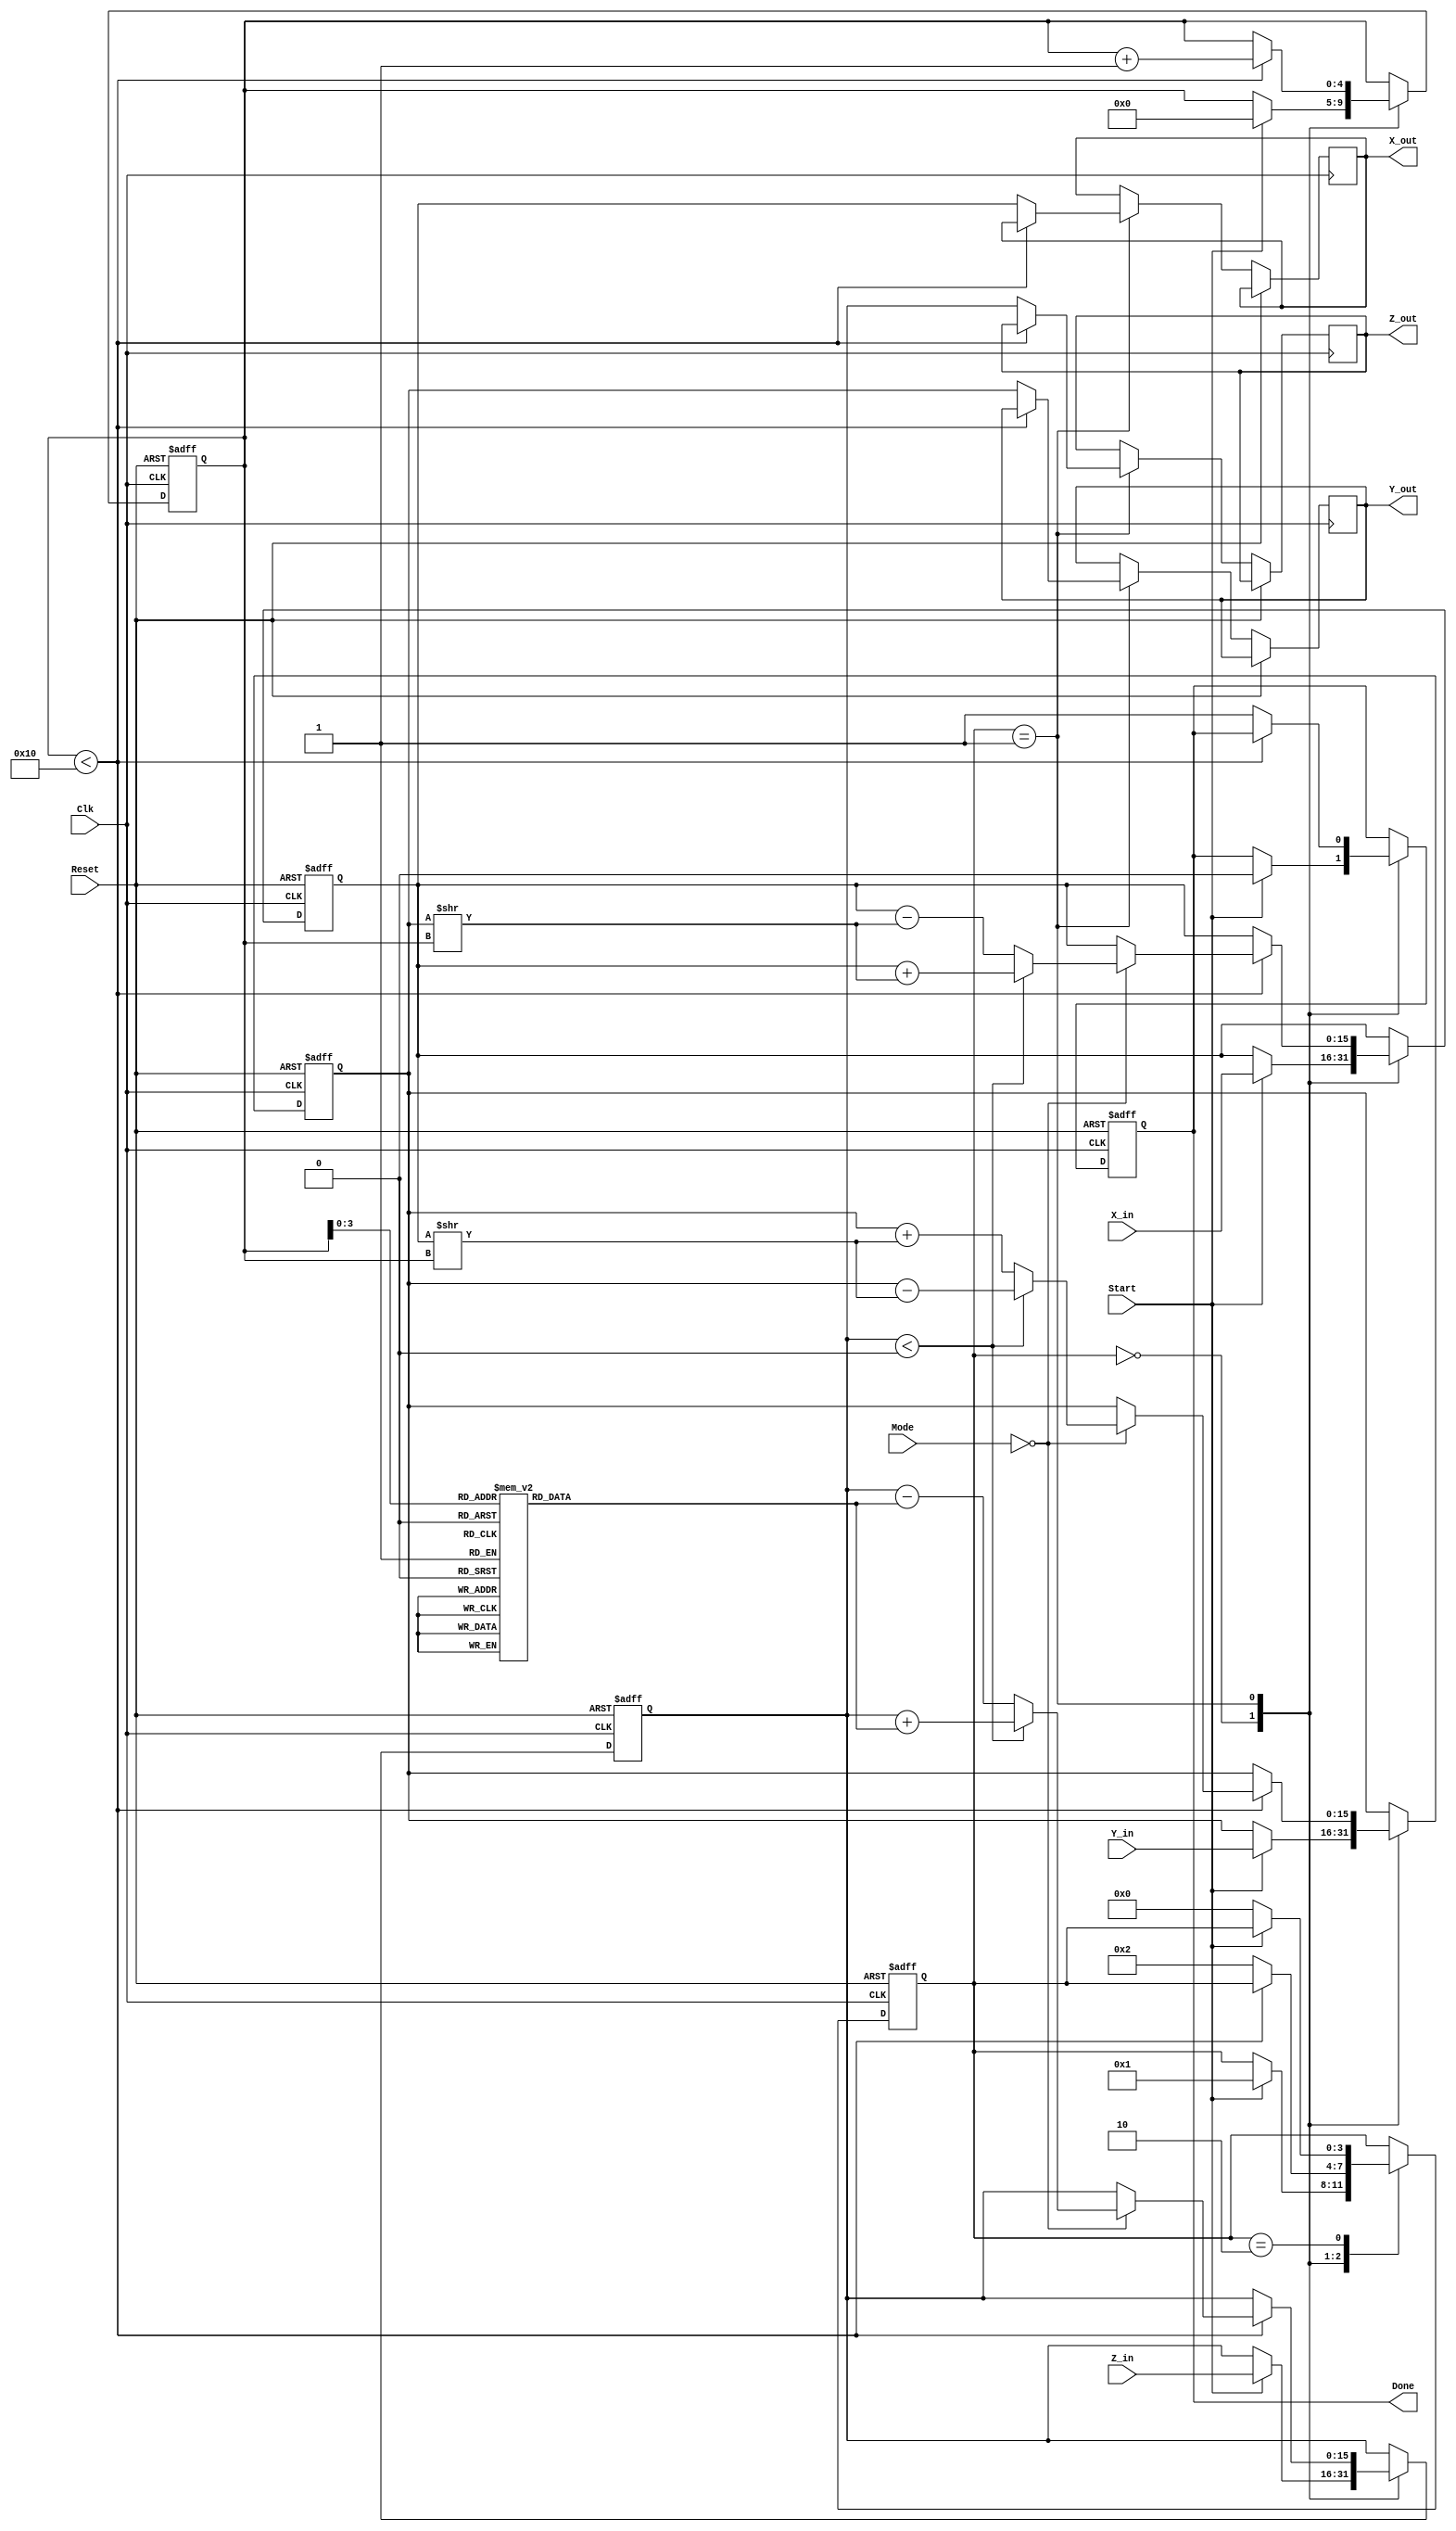
module cordic_arithmetic_block (
    input wire signed [15:0] X_in,      // Input X vector
    input wire signed [15:0] Y_in,      // Input Y vector
    input wire signed [15:0] Z_in,      // Input angle of rotation
    input wire [1:0] Mode,              // Operation mode
    input wire Start,                   // Start signal
    input wire Clk,                     // Clock signal
    input wire Reset,                   // Reset signal

    output reg signed [15:0] X_out,     // Output X vector
    output reg signed [15:0] Y_out,     // Output Y vector
    output reg signed [15:0] Z_out,     // Resulting angle
    output reg Done                     // Done signal
);

    reg [4:0] iteration;                 // Iteration counter
    reg [3:0] state;                     // FSM state
    reg [15:0] X, Y, Z;                  // Internal registers
    reg [15:0] arctan [0:15];           // Lookup table for arctan values

    // Initialize arctan values
    initial begin
        // These values can be precomputed based on fixed-point representation
        arctan[0] = 16'h2000; // atan(1) * 2^n
        arctan[1] = 16'h1333; // atan(0.5) * 2^n
        arctan[2] = 16'h0A3D; // atan(0.25) * 2^n
        arctan[3] = 16'h0524; // atan(0.125) * 2^n
        arctan[4] = 16'h028F; // atan(0.0625) * 2^n
        arctan[5] = 16'h0143; // atan(0.03125) * 2^n
        arctan[6] = 16'h00A1; // atan(0.015625) * 2^n
        arctan[7] = 16'h0051; // atan(0.0078125) * 2^n
        // Continue filling the table as necessary
    end

    // FSM state encoding
    localparam IDLE = 0, COMPUTE = 1, DONE = 2;

    // State machine
    always @(posedge Clk or posedge Reset) begin
        if (Reset) begin
            state <= IDLE;
            Done <= 0;
            iteration <= 0;
            X <= 0;
            Y <= 0;
            Z <= 0;
        end else begin
            case (state)
                IDLE: begin
                    if (Start) begin
                        // Initialize values and move to COMPUTE state
                        X <= X_in;
                        Y <= Y_in;
                        Z <= Z_in;
                        iteration <= 0;
                        Done <= 0;
                        state <= COMPUTE;
                    end
                end
                COMPUTE: begin
                    if (iteration < 16) begin
                        // Perform rotation based on the current mode
                        if (Mode == 2'b00) begin // Rotation mode
                            if (Z < 0) begin
                                X <= X + (Y >> iteration);
                                Y <= Y - (X >> iteration);
                                Z <= Z + arctan[iteration];
                            end else begin
                                X <= X - (Y >> iteration);
                                Y <= Y + (X >> iteration);
                                Z <= Z - arctan[iteration];
                            end
                        end else if (Mode == 2'b01) begin // Vectoring mode
                            // Vectoring logic can be implemented here
                        end
                        iteration <= iteration + 1;
                    end else begin
                        // Once done with iterations
                        X_out <= X;
                        Y_out <= Y;
                        Z_out <= Z;
                        Done <= 1;
                        state <= DONE;
                    end
                end
                DONE: begin
                    if (!Start) begin
                        state <= IDLE; // Return to idle state
                    end
                end
            endcase
        end
    end
endmodule